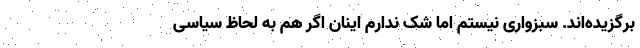
برگزیده‌اند. سبزواری نیستم اما شک ندارم اینان اگر هم به لحاظ سیاسی